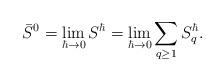
LaTeX: \begin{align*}\bar{S}^0=\lim_{\hbar\to 0} S^\hbar=\lim_{\hbar\to 0}\sum_{q\geq 1} {S}^\hbar_{q}.\end{align*}